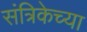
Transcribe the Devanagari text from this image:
संत्रिकेच्या